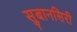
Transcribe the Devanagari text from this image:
सुबानसिरी